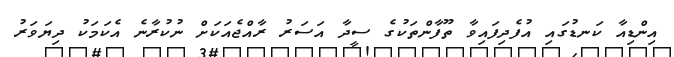
އިންޑިއާ ކަނޑުގައި އުފެދިފައިވާ ތޫފާންތަކުގެ ސީދާ އަސަރު ރާއްޖެއަކަށް ނުކުރާނެ އެކަމަކު ދިޔަވަރު